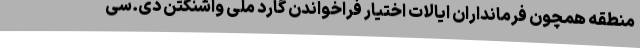
منطقه همچون فرمانداران ایالات اختیار فراخواندن گارد ملی واشنگتن دی.سی